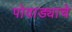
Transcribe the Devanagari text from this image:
पोवाड्याचे